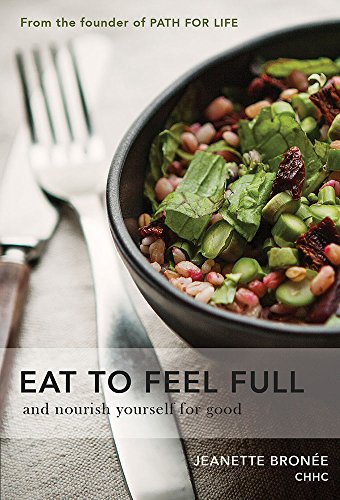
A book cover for EAT TO FEEL FULL, and nourish yourself for good; Jeanette BronÃ©e; Health, Fitness & Dieting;